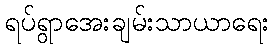
ရပ်ရွာအေးချမ်းသာယာရေး